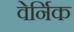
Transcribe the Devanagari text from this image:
वेर्निक